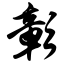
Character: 彰